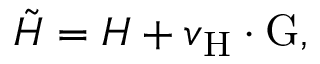
\tilde { \cal H } = { \cal H } + v _ { \mathrm { H } } \cdot \mathrm { G } ,